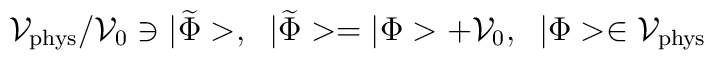
{\cal V}_{\rm phys}/{\cal V}_0\ni|\widetilde{\Phi}>,\;\; |\widetilde{\Phi}>= |\Phi>+{\cal V}_0,\;\;|\Phi>\in{\cal V}_{\rm phys}